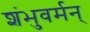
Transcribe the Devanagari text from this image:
शंभुवर्मन्